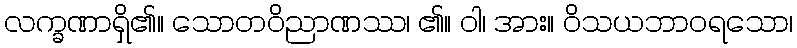
လက္ခဏာရှိ၏။ သောတဝိညာဏဿ၊ ၏။ ဝါ၊ အား။ ဝိသယဘာဝရသော၊